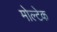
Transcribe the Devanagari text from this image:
मोल्टेक